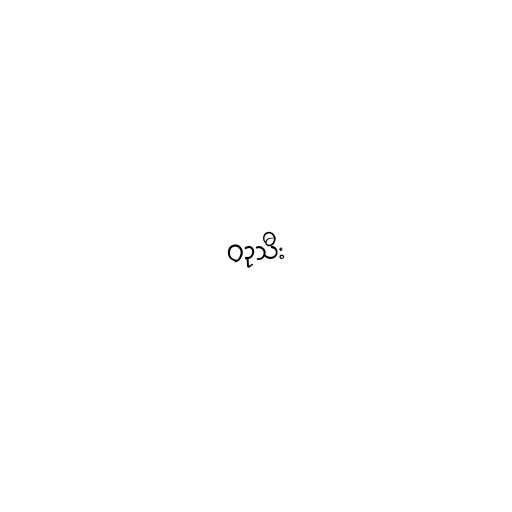
ဝဥသီး